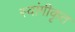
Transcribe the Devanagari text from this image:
स्वांगीकृत